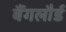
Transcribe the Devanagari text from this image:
बैंगलौर्ड